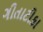
ગીતાટીકા